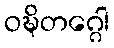
ဝဍ္ဎိတဂ္ဂေါ